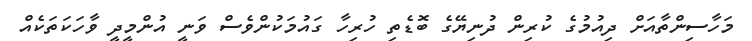
މަހާސިންތާއަށް ދިއުމުގެ ކުރިން ދުނިޔޭގެ ބޮޑެތި ހުރިހާ ގައުމަކުންވެސް ވަނީ އުންމީދީ ވާހަކަތަކެއް